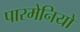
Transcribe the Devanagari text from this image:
पारमेनियो